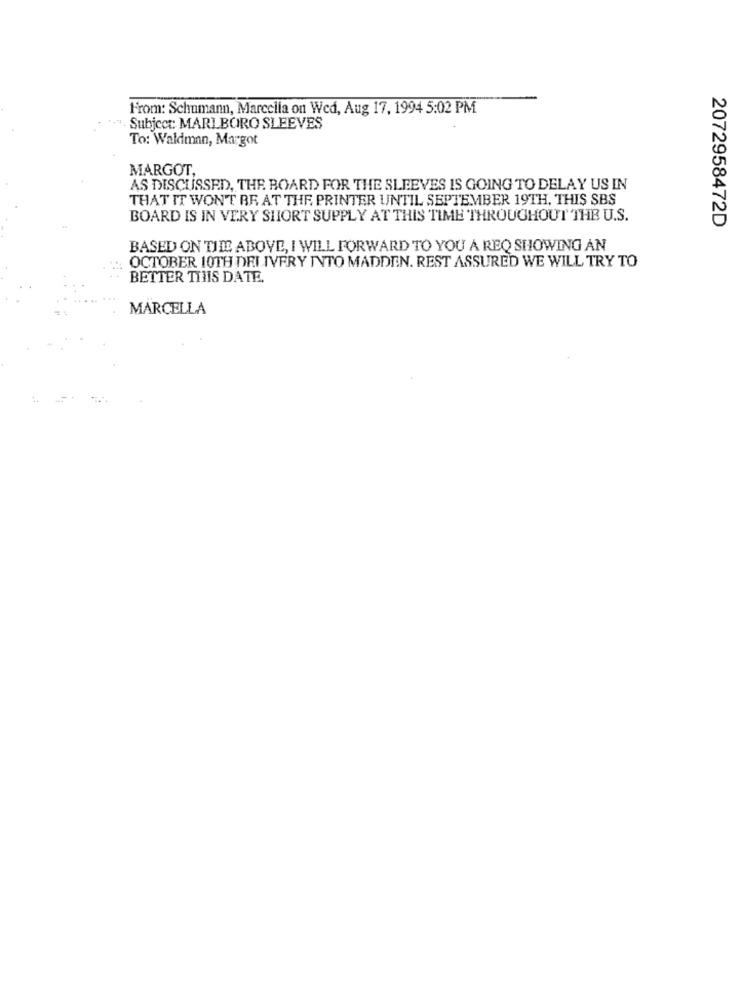
From: Schumann, Marcella on Wed, Aug 17, 1994 5:02 PM
":". Subject: MARLBORO SLEEVES
To: Waldman, Margot
MARGOT,
AS DISCUSSED, THE BOARD FOR THE SLEEVES IS GOING TO DELAY US IN
THAT IT WON'T BE AT THE PRINTER UNTIL SEPTEMBER 19TH, THIS SBS
BOARD IS IN VERY SHORT SUPPLY AT THIS TIME THROUGHOUT THE U.S.
2072958472D
BASED ON TIME ABOVE, I WILL FORWARD TO YOU A REQ SHOWING AN
OCTOBER 10TH DELIVERY INTO MADDEN. REST ASSURED WE WILL TRY TO
BETTER THIS DATE.
MARCELLA